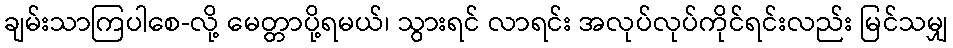
ချမ်းသာကြပါစေ-လို့ မေတ္တာပို့ရမယ်၊ သွားရင် လာရင်း အလုပ်လုပ်ကိုင်ရင်းလည်း မြင်သမျှ